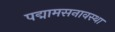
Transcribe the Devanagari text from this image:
पद्मामसनावस्था